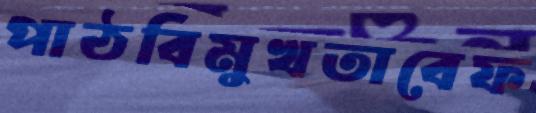
পাঠবিমুখতাবেফ